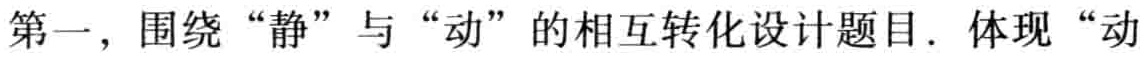
第一，围绕 “静” 与 “动” 的相互转化设计题目. 体现 “动”